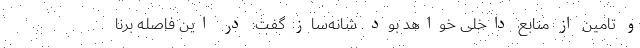
و تامین از منابع داخلی خواهد بود. شانه‌ساز گفت: در این فاصله برنا